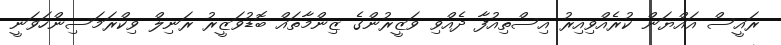
ރައީސް އައްޔަން ކުރެއްވިއިރު އިސްތިއުފާ ދެއްވި ވަޒީރުންގެ ޒިންމާތައް ބޮޑުވަޒީރު ރަނިލް ވިކްރަމަސިންހަވަނީ